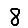
Digit: 8